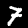
Digit: 7